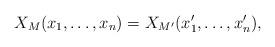
LaTeX: \begin{align*}X_M(x_1,\dots, x_n) = X_{M'}(x_1', \dots, x_n'),\end{align*}